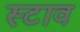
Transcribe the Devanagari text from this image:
स्टाव